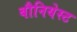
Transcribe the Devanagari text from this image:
बौनियेस्ट